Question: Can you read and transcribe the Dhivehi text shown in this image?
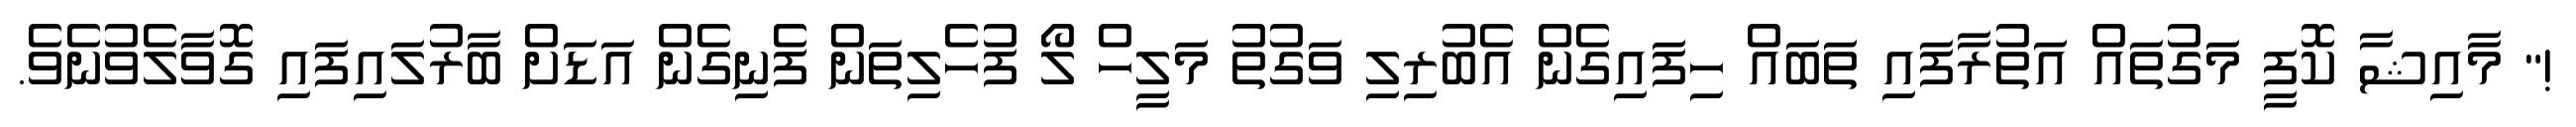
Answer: !" މާއިޝާ ކޮފީ މަގުތައް އަތުރާފައި ތަބައް ހިފައިގެން އެބުރިލި ވަގުތު މަލީހް ލޯ ފުހެލިތަން ފެނިގެން އަޑަށް ބާރުލައިފައި ގޮވާލެވުނެވެ.